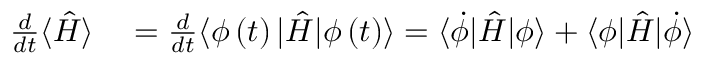
\begin{array} { r l } { \frac { d } { d t } \langle \hat { H } \rangle } & { { } = \frac { d } { d t } \langle \phi \left( t \right) | \hat { H } | \phi \left( t \right) \rangle = \langle \dot { \phi } | \hat { H } | \phi \rangle + \langle \phi | \hat { H } | \dot { \phi } \rangle } \end{array}